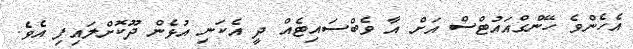
އެހެންވެ ހޭންގްއައުޓްސް އަށް އާ ވެބްސައިޓެއް ދީ އެކަނި އުޅެން ދޫކޮށްލައިފި އެވެ.